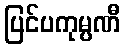
ပြင်ပကုမ္ပဏီ